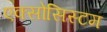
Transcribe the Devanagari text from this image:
एक्सोसिस्टम